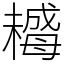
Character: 𣚺